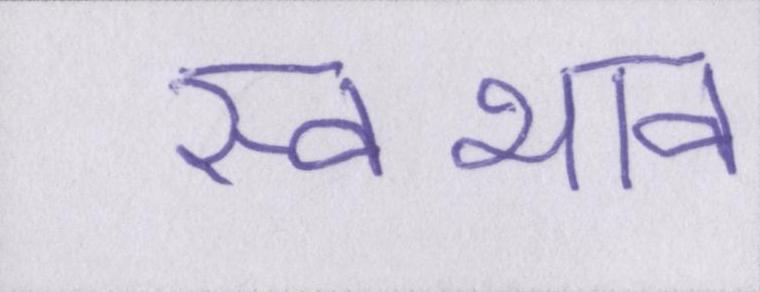
स्वभाव